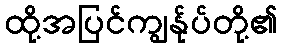
ထို့အပြင်ကျွန်ုပ်တို့၏